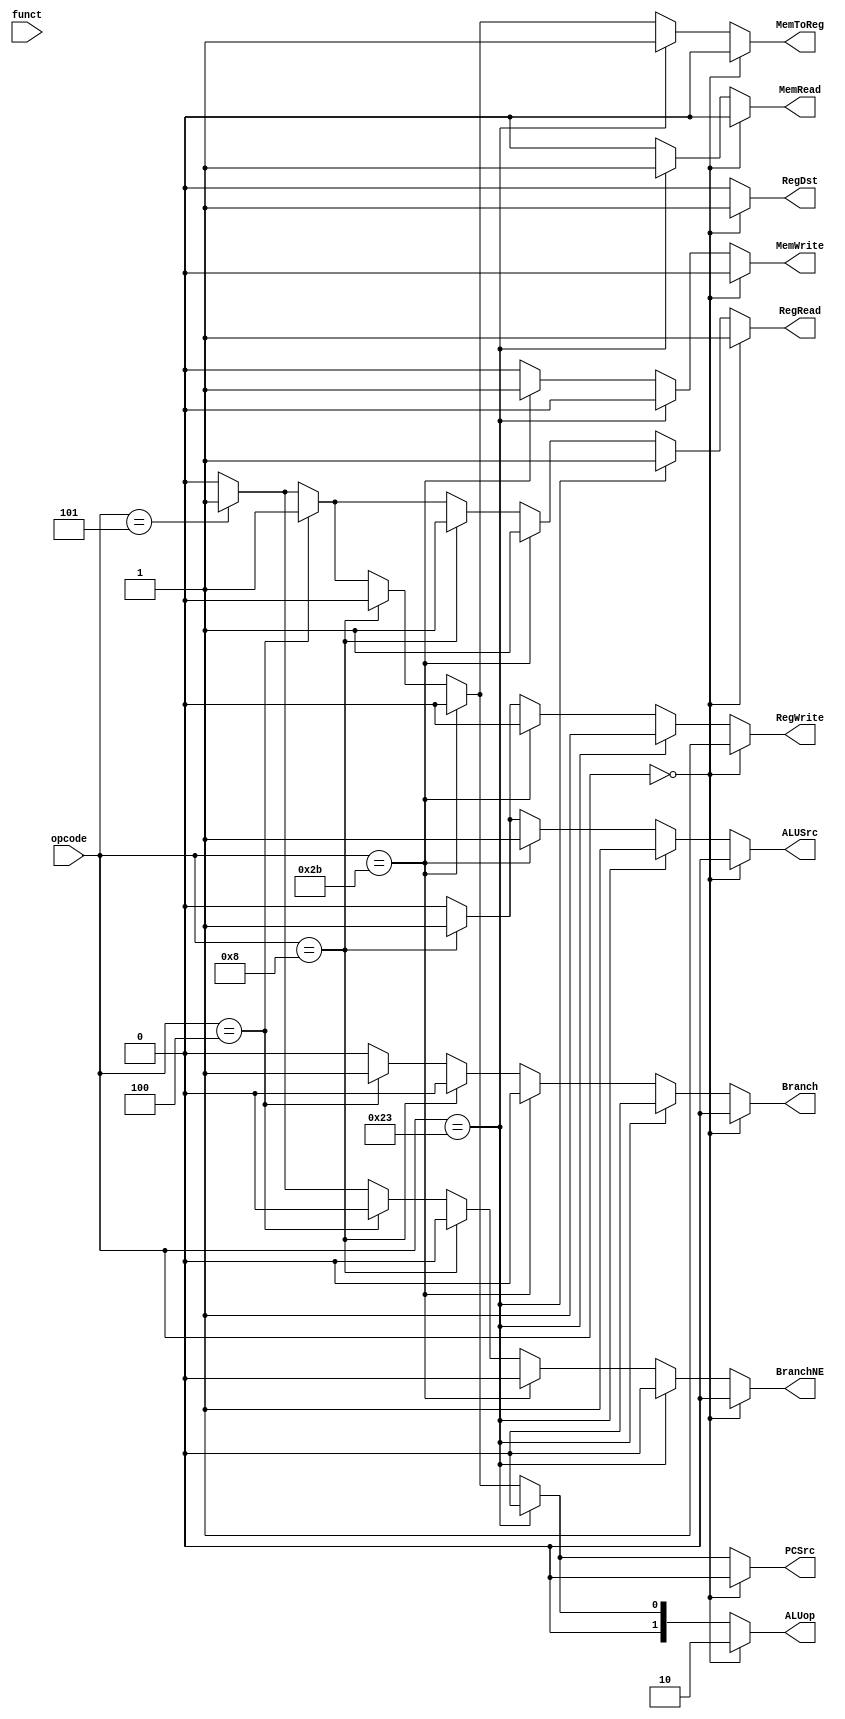
module control_unit(
    output reg  RegRead,
                RegWrite,
                MemRead,
                MemWrite,
                RegDst, // if this is 0 select rt, otherwise select rd
                Branch,
				BranchNE,
                ALUSrc,
                PCSrc,
                MemToReg,
	output reg [1:0] ALUop,
    input [5:0] opcode, funct
);

    initial begin
        MemRead  = 1'b0;
        MemWrite = 1'b0;
        RegWrite = 1'b0;
        RegRead  = 1'b0;
        RegDst   = 1'b0;
        Branch   = 1'b0;
        ALUSrc   = 1'b0;
        PCSrc    = 1'b0;
        MemToReg = 1'b0;
		BranchNE = 1'b0;
		ALUop	 = 2'b00;
		
    end
	
    always @(opcode, funct) 
    begin
	    // Reset the signals to 0
        MemRead  = 1'b0;
        MemWrite = 1'b0;
        RegWrite = 1'b0;
        RegRead  = 1'b0;
        RegDst   = 1'b0;
        Branch   = 1'b0;
		BranchNE = 1'b0;
        ALUSrc   = 1'b0;
        PCSrc    = 1'b0;
        MemToReg = 1'b0;
		ALUop	 = 2'b00;
		
        // R type
        if(opcode == 6'h0) begin
			MemRead 		= 1'b0;
			MemWrite 		= 1'b0;
			RegWrite 		= 1'b1;
			RegRead  		= 1'b1;
			RegDst   		= 1'b1;
			Branch   		= 1'b0;
			ALUSrc   		= 1'b0;
			PCSrc    		= 1'b0;
			MemToReg 		= 1'b0;
			ALUop	 		= 2'b10;
            // If NOT JR  - Jump Register
            //if(funct != 6'h08) begin
              //  RegWrite = 1'b1;
            //end
        end
		else if(opcode == 6'h23) begin // lw
			MemRead  		= 1'b1;
			MemWrite 		= 1'b0;
			RegWrite 		= 1'b1;
			RegRead  		= 1'b1;
			RegDst   		= 1'b0;
			Branch		    = 1'b0;
			ALUSrc   		= 1'b1;
			PCSrc    		= 1'b0;
			MemToReg 		= 1'b1;
			ALUop	 		= 2'b00;
		end
		
		else if(opcode == 6'h2b) begin //sw
	        MemRead  = 1'b0;
			MemWrite = 1'b1;
			RegWrite = 1'b0;
			RegRead  = 1'b1;
			RegDst   = 1'b0;
			Branch   = 1'b0;
			ALUSrc   = 1'b1;
			PCSrc    = 1'b0;
			MemToReg = 1'b0;
			ALUop	 = 2'b00;
		end
		
		else if(opcode == 6'h8) begin //addi
			MemRead  		= 1'b0;
			MemWrite 		= 1'b0;
			RegWrite 		= 1'b1;
			RegRead  		= 1'b1;
			RegDst   		= 1'b0;
			Branch   		= 1'b0;
			ALUSrc   		= 1'b1;
			PCSrc    		= 1'b0;
			MemToReg 		= 1'b0;
			ALUop	 		= 2'b00;
		end
		
		else if(opcode == 6'h4) begin //beq
			MemRead  		= 1'b0;
			MemWrite 		= 1'b0;
			RegWrite 		= 1'b0;
			RegRead  		= 1'b1;
			RegDst   		= 1'b0;
			Branch	        = 1'b1;
			ALUSrc   		= 1'b0;
			PCSrc    		= 1'b1;
			MemToReg 		= 1'b1;
			ALUop	 		= 2'b01;
		end
		
		else if(opcode == 6'h5) begin //bne
			MemRead  		= 1'b0;
			MemWrite 		= 1'b0;
			RegWrite 		= 1'b0;
			RegRead  		= 1'b1;
			RegDst   		= 1'b0;
			BranchNE        = 1'b1;
			ALUSrc   		= 1'b0;
			PCSrc    		= 1'b1;
			MemToReg 		= 1'b1;
			ALUop	 		= 2'b01;
		end
	
		//lw
        // LUI(load unsigned immediate) => no need to read any register => immediate value is written to a register
       /* else if(opcode == 6'b001111) begin
            RegWrite = 1'b1;
            ALUSrc   = 1'b1;
        end
        // If r-type, don't enter this block
        // For r-type, beq, bne, sb, sh and sw there is no need to register write
        else if(opcode != 6'h0 & opcode != 6'h4 & opcode != 6'h5 & opcode != 6'h28 & opcode != 6'h29 & opcode != 6'h2b) begin
            RegWrite = 1'b1;
        end
        // For branch instructions
        else if(opcode == 6'h4 | opcode == 6'h5) begin
            Branch   = 1'b1;
			RegRead  = 1'b1;
			ALUop 	 = 2'b01;
        end
        // For memory write operation
        // sb, sh and sw use memory to write
        else if(opcode != 6'h0 & (opcode == 6'h28 | opcode == 6'h29 | opcode == 6'h2b)) begin
            MemWrite = 1'b1;
            RegRead  = 1'b1;
            ALUSrc   = 1'b1;
			//ALUop	 = 2'b00;
        end
        // For memory read operation
        // lw, 
        else if(opcode != 6'h0 & (opcode == 6'h23))begin
            MemRead = 1'b1;
            ALUSrc  = 1'b1;
            MemToReg= 1'b1;
            RegWrite= 1'b1;
            RegRead  = 1'b1;
			ALUop = 2'b00;

        end
        // J type
       /* else
        begin
            PCSrc = 1'b1;
        end*/
    end
	
	
	
endmodule